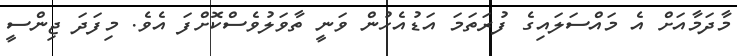
މާދަމާއަށް އެ މައްސަލައިގެ ފުރަތަމަ އަޑުއެހުން ވަނީ ތާވަލުވެސްކޮށްފަ އެވެ. މިފަދަ ޖިންސީ